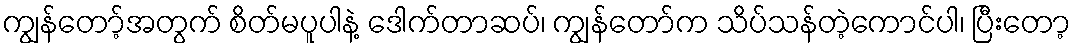
ကျွန်တော့်အတွက် စိတ်မပူပါနဲ့ ဒေါက်တာဆပ်၊ ကျွန်တော်က သိပ်သန်တဲ့ကောင်ပါ၊ ပြီးတော့